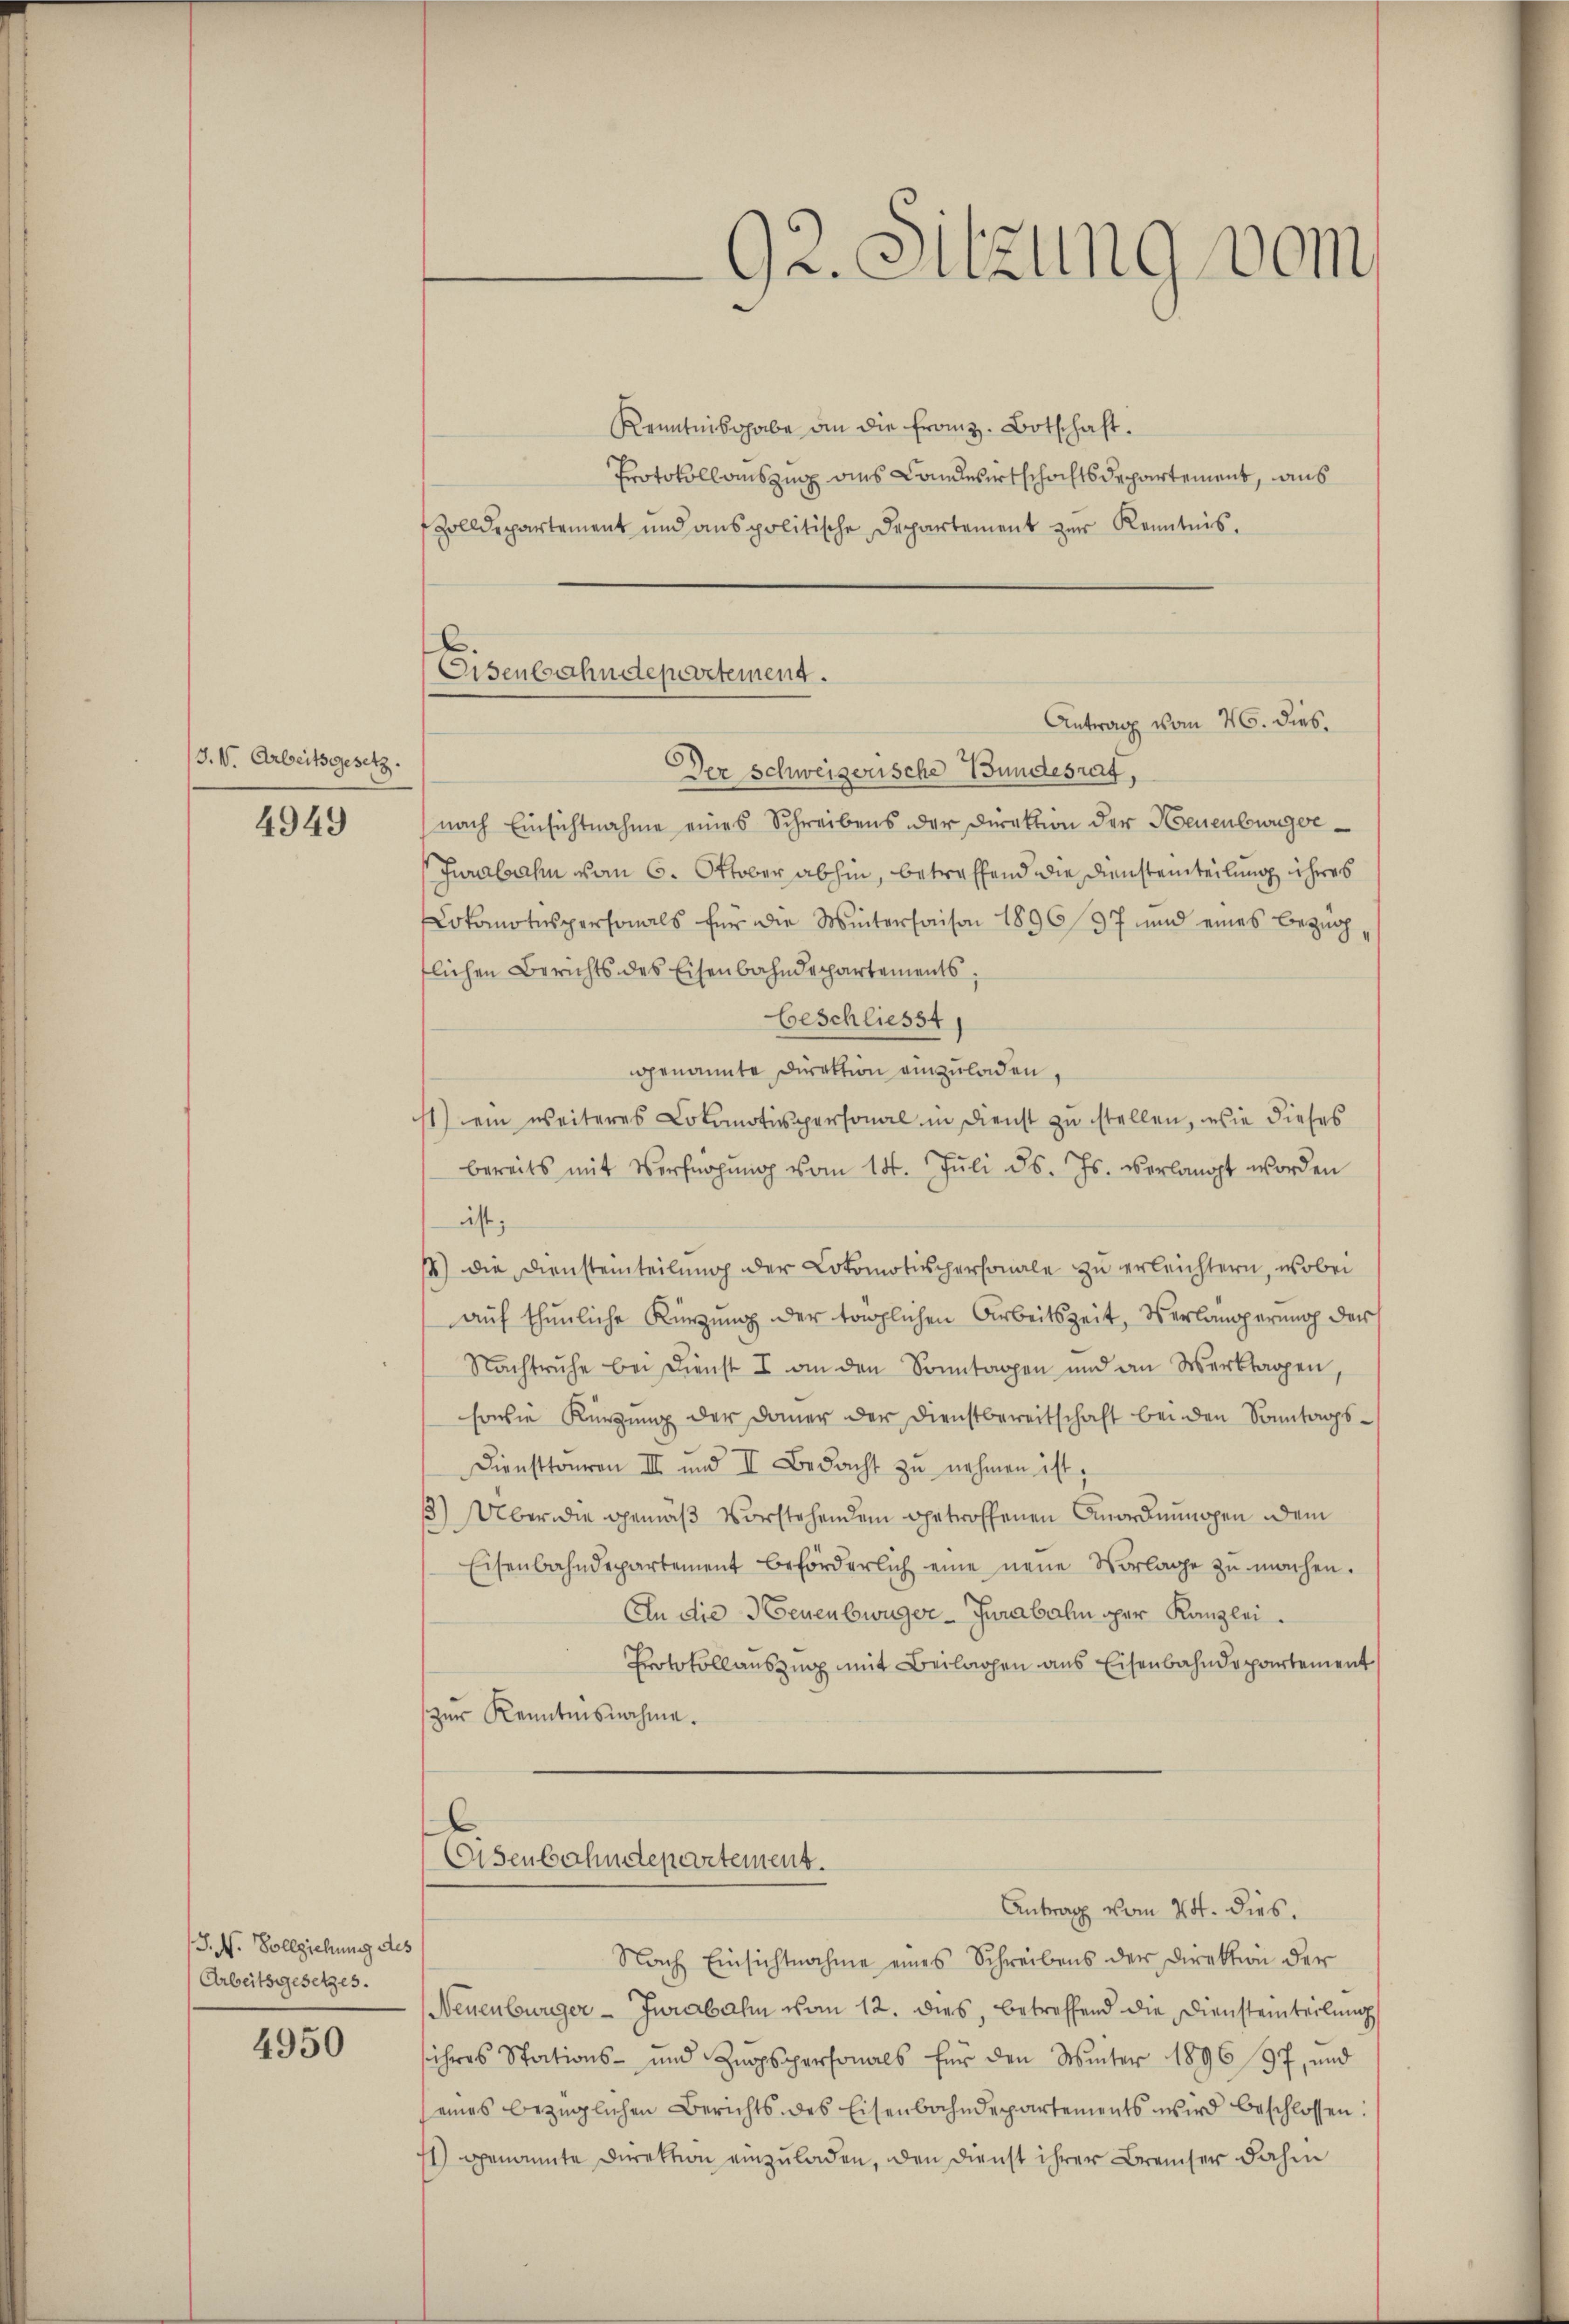
J.V. Arbeitsgesetz.
4949

G. N. Vollziehung des
Arbeitsgesetzes.

4950

92. Sitzung vom

Eisenbahndepartement.

Kenntnisgabe an die Franz. Botschaft.
Protokollauszug aus Landwirtschachtsdepartement, aus
Zolldepartement und anspolitische Departement zur Kenntnis.
Antrag vom 26. dies
Der Schweizerische Bundesrat,
nach Einsichtnahme eines Schreibens der Direktion der Heuenburger¬
Juralbahn vom 6. Oktober abhin, betreffend die Diensteinteilung ihres
Lokomotspersonals für die Winterhaison 1896/37 und eines Bezugflichen Berichts des Eisenbahndepartements
beschliesst
genannte Direktion einzuladen,
1) ein weiteres Lokomotispersonal in Dienst zu stellen, wie dieses
bereits mit Verfügŭng vom 14. Jŭli d. Js. verlangt worden
ist;
4) die Diensteinteilung der Lokomotischersonale zu erleichtern, wobei
auf thunliche Kürzung der täglichen Arbeitszeit, Verlangerung der
Nachtruhe bei Dienst I an den Sonntagen und an Werktagen
sowie Kürzung der Dauer der Dienstbereitschaft bei den Sonntags¬
Diensttoneren III und II. Bedacht zŭ nehmen ist.
) Über die gemäß Vorstehenden getroffenen Anordnungen dem
Eisenbahndepartement beförderlich eine neue Vorlage zŭ machen.
An die Neuenbwüger-Jurabalin oper Kanzlei
Protokollauszug mit Beilagen aus Eisenbahndepartement
zŭr Kenntnisnahme.
Osenbahndepartement.
Antrag vom 24. dies.
Nach Einsichtnahme eines Schreibens der Direktion der
Neuenburger- Jurabahn vom 12. dies, betreffend die Diensteinteilung
ihres Stations- und Zugspersonals für den Winter 1896/97, und
(eines bezüglichen Berichts des Eisenbahndepartements wird beschlossen:
s) genannte Direktion einzuladen, den Dienst ihrer Breiter dahin